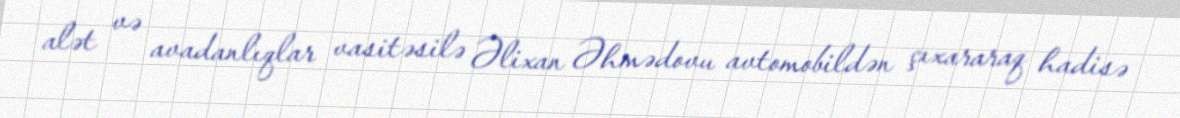
alət və avadanlıqlar vasitəsilə Əlixan Əhmədovu avtomobildən çıxararaq hadisə